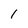
Character: 1